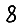
Digit: 8